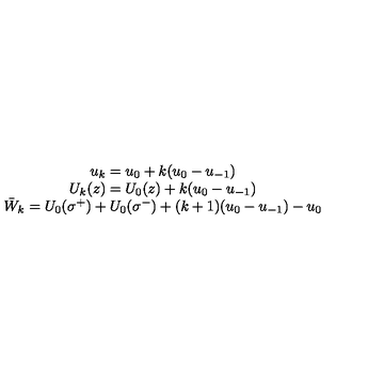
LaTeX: \begin{array} { c } { u _ { k } = u _ { 0 } + k ( u _ { 0 } - u _ { - 1 } ) } \\ { U _ { k } ( z ) = U _ { 0 } ( z ) + k ( u _ { 0 } - u _ { - 1 } ) } \\ { \bar { W } _ { k } = U _ { 0 } ( \sigma ^ { + } ) + U _ { 0 } ( \sigma ^ { - } ) + ( k + 1 ) ( u _ { 0 } - u _ { - 1 } ) - u _ { 0 } } \\ \end{array}